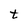
Character: t